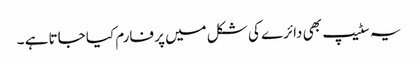
یہ سٹیپ بھی دائرے کی شکل میں پر فارم کیا جاتا ہے ۔